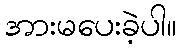
အားမပေးခဲ့ပါ။